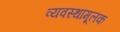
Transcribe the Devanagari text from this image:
व्यवस्थामूलक